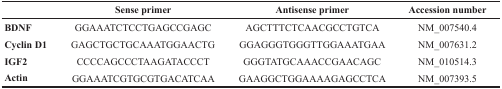
|  | Sense primer | Antisense primer | Accession number |
 | --- | --- | --- | --- |
 | BDNF | GGAAATCTCCTGAGCCGAGC | AGCTTTCTCAACGCCTGTCA | NM_007540.4 |
 | Cyclin D1 | GAGCTGCTGCAAATGGAACTG | GGAGGGTGGGTTGGAAATGAA | NM_007631.2 |
 | IGF2 | CCCCAGCCCTAAGATACCCT | GGGTATGCAAACCGAACAGC | NM_010514.3 |
 | Actin | GGAAATCGTGCGTGACATCAA | GAAGGCTGGAAAAGAGCCTCA | NM_007393.5 |